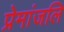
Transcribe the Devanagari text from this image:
प्रेमांजलि